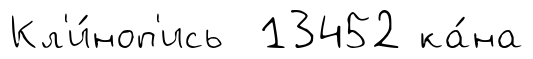
Кл'и́ноп'ись 13452 ка́на